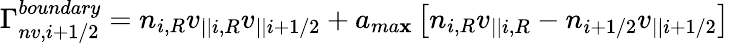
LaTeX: \Gamma_{nv,i+1/2}^{boundary}=n_{i,R}v_{||i,R}v_{||i+1/2}+a_{ma\mathbf{x}}\left[n_{i,R}v_{||i,R}-n_{i+1/2}v_{||i+1/2}\right]